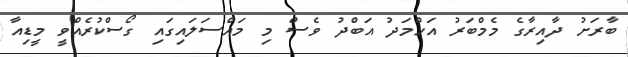
ބާރަށު ދާއިރާގެ މެމްބަރު އަހްމަދު އަބްދު ވެސް މި މައްސަލައިގައި ގޯސްކުރެއްވީ މީޑިއާ